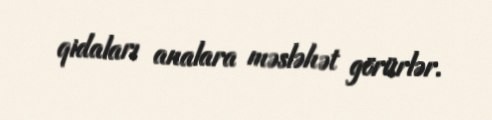
qidaları analara məsləhət görürlər.